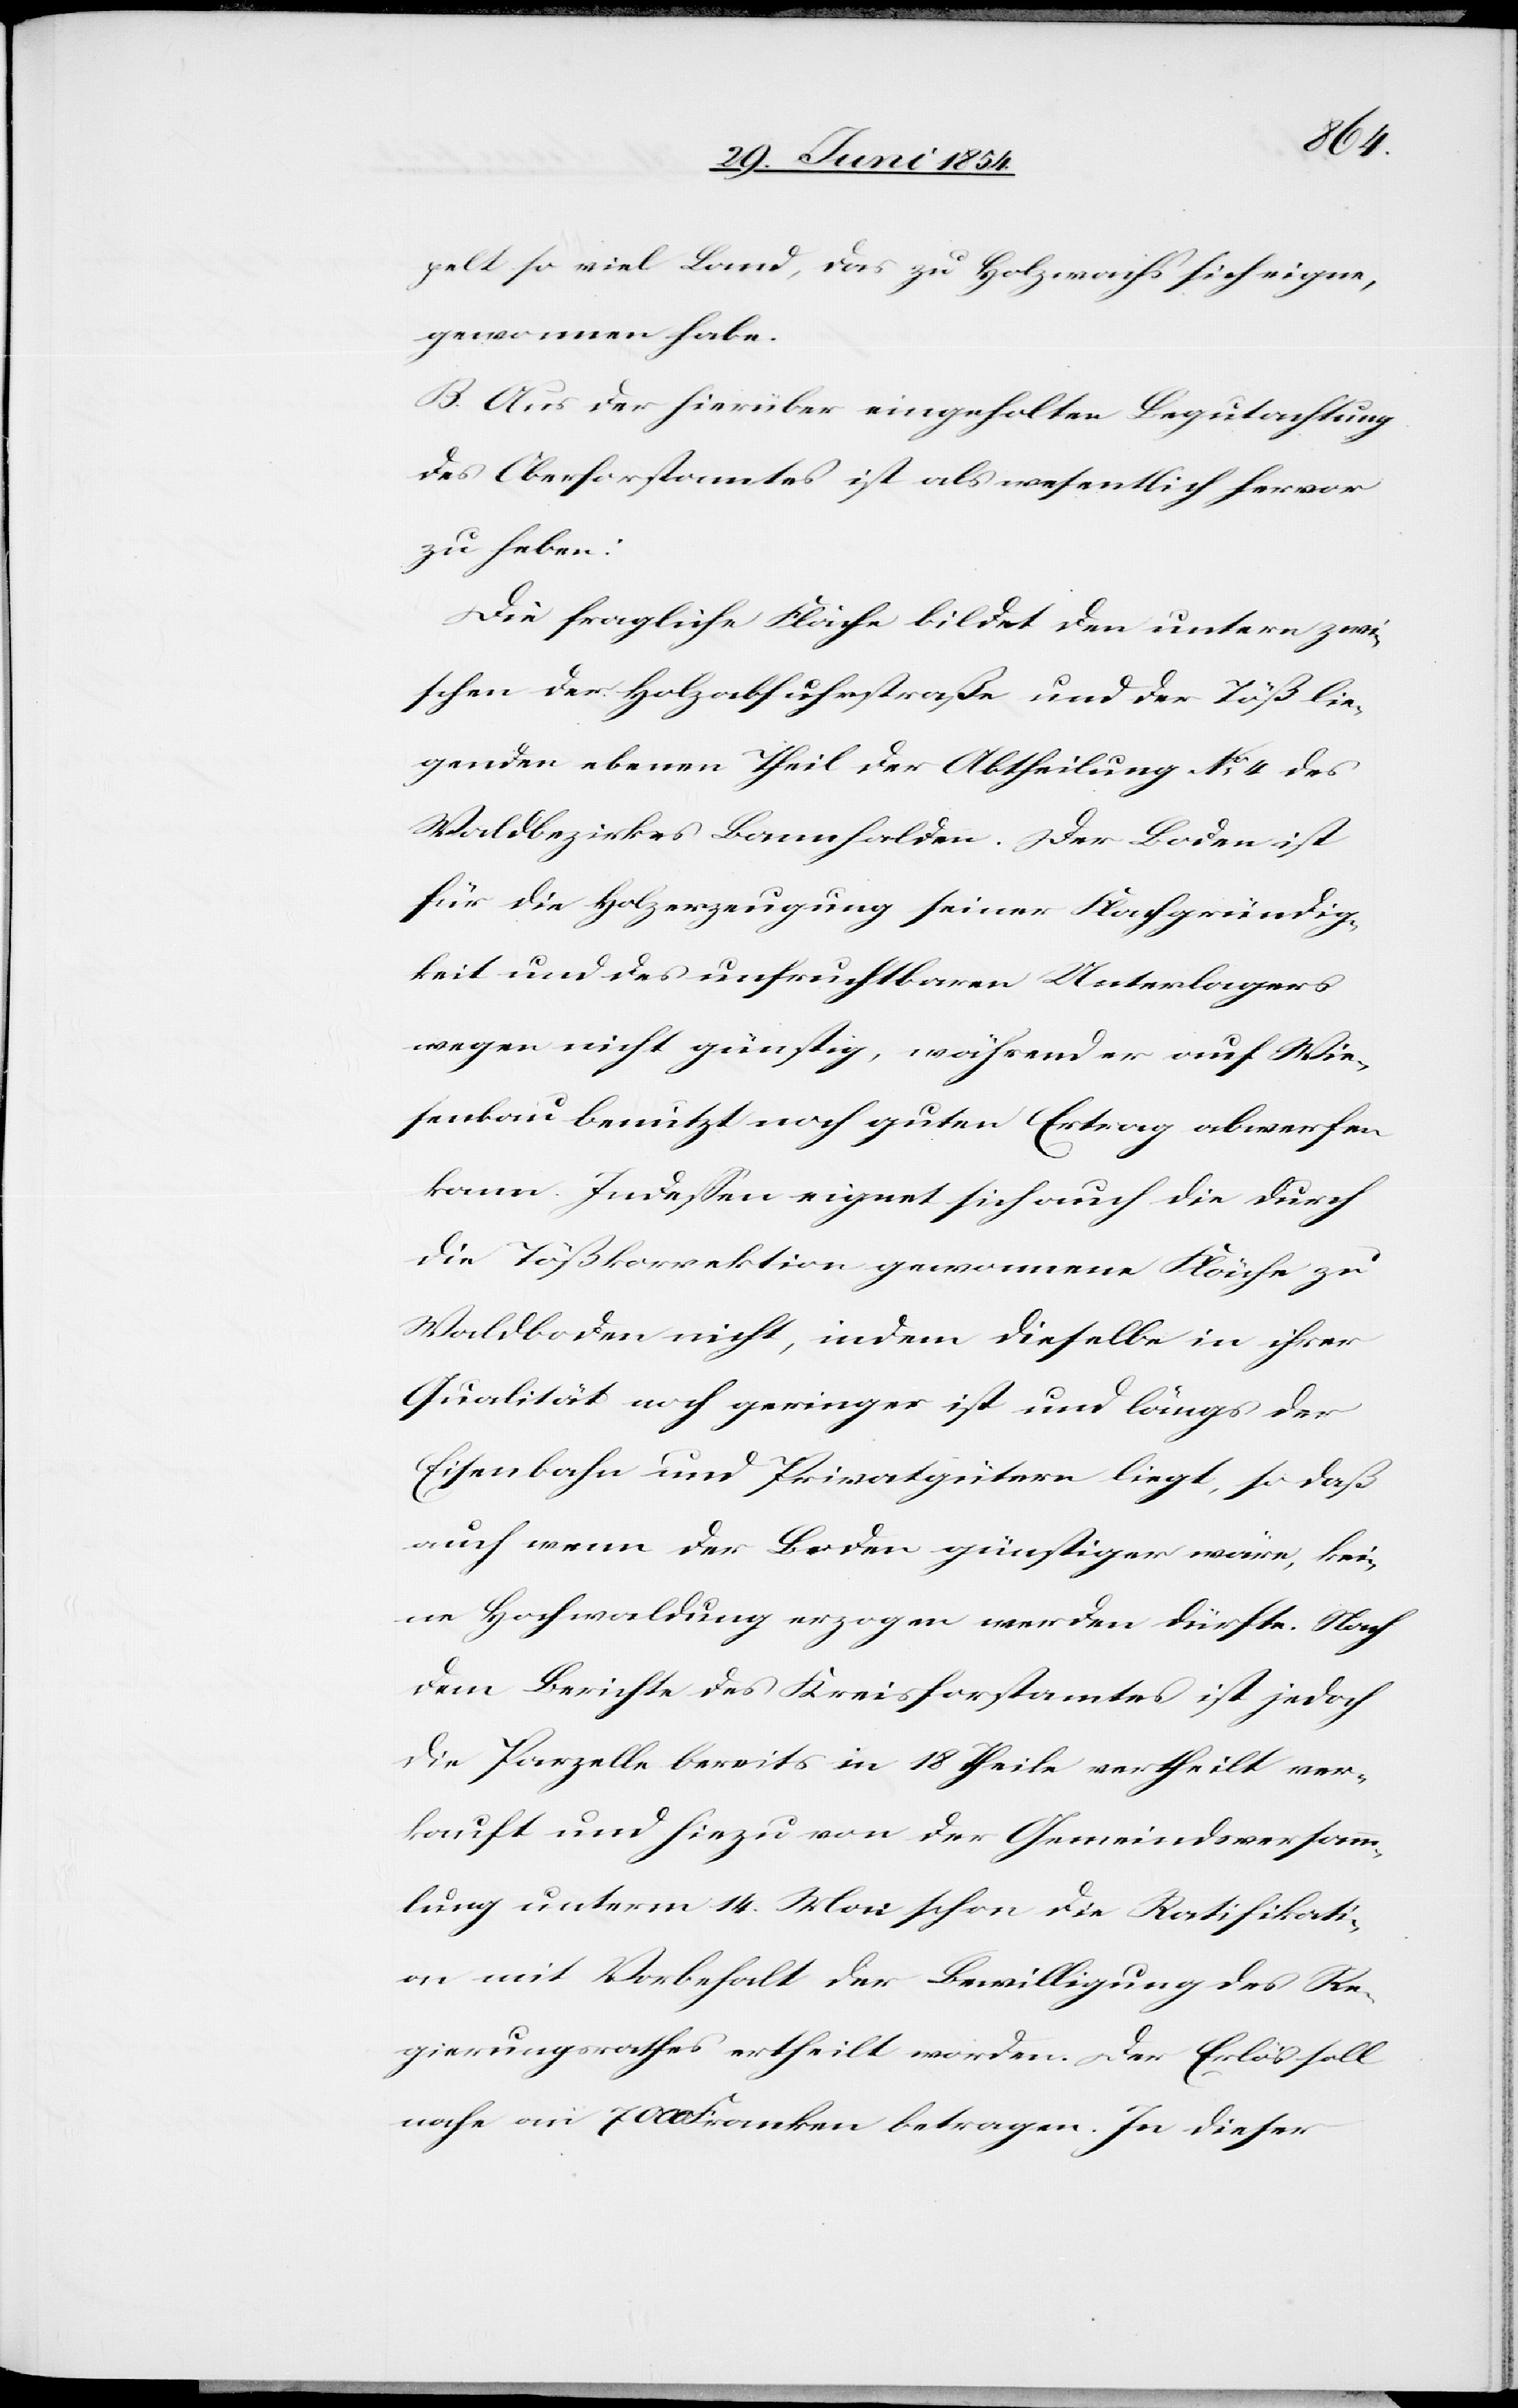
pelt so viel Land, das zu Holzwachs sich eigne,
gewonnen habe.
B. Aus der hiefür eingeholten Begutachtung
des Oberforstamtes ist als wesentlich hervor
zu heben:
Die fragliche Fläche bildet den untern zwi¬
schen der Holzabfuhrstraß und der Töß lie¬
genden ebenen Theil der Abtheilung No 4 des
Waldbezirkes Bannhalden. Der Boden ist
für die Holzerzeugung seiner Flachgründig¬
keit und des unfruchtbaren Unterlagers
wegen nicht günstig, während er auf Wie¬
senbau benutzt noch guten Ertrag abwerfen
kann. Indeßen eignet sich auch die durch
die Tößkorrektion gewonnene Fläche zu
Waldboden nicht, indem dieselbe in ihrer
Qualität noch geringer ist und längs der
Eisenbahn und Privatgütern liegt, so daß
auch wenn der Boden günstiger wäre, kei¬
ne Hochwaldung erzogen werden dürfte. Nach
dem Berichte des Kreisforstamtes ist jedoch
die Parzelle bereits in 18 Theile vertheilt ver¬
kauft und hiezu von der Gemeindsversamm¬
lung unterm 14. Mai schon die Ratifikati¬
on mit Vorbehalt der Bewilligung des Re¬
gierungsrathes ertheilt worden. Der Erlös soll
nahe an 700 Franken betragen. In dieser